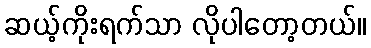
ဆယ့်ကိုးရက်သာ လိုပါတော့တယ်။